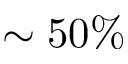
\sim 5 0 \%